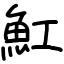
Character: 魟